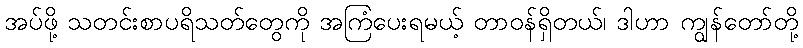
အပ်ဖို့ သတင်းစာပရိသတ်တွေကို အကြံပေးရမယ့် တာဝန်ရှိတယ်၊ ဒါဟာ ကျွန်တော်တို့